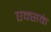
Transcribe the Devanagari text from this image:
एक्सके